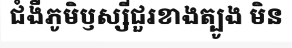
ជំងឺភូមិឫស្សីជួរខាងត្បូង មិន